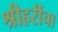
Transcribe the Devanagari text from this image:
श्रीहरींचा